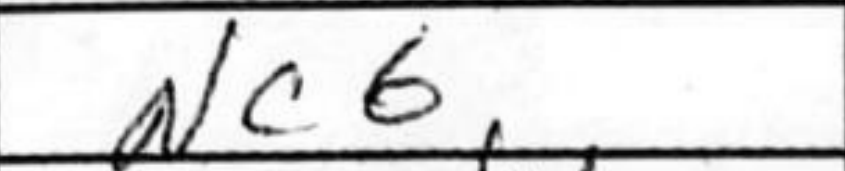
Transcription: Nc6